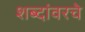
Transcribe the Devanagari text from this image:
शब्दांवरचे